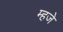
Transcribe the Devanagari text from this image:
म्हजे